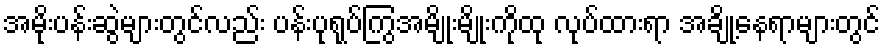
အမိုးပန်းဆွဲများတွင်လည်း ပန်းပုရုပ်ကြွအမျိုးမျိုးကိုထု လုပ်ထားရာ အချို့နေရာများတွင်